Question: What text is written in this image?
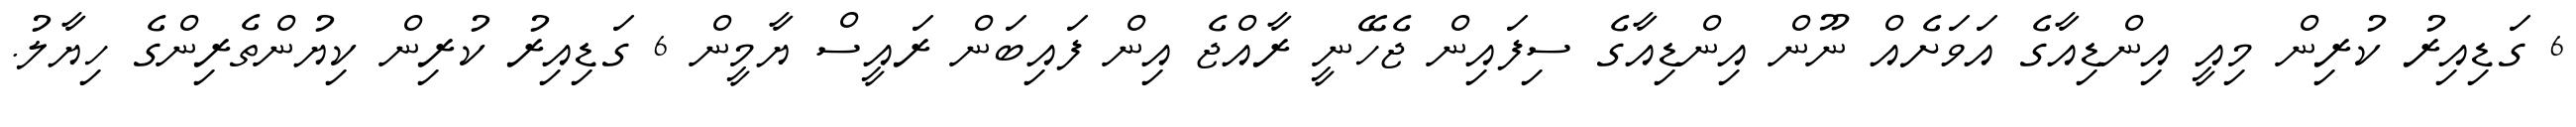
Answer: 6 ގަޑިއިރު ކުރިން މިއީ އިންޑިއާގެ އަވަށެއް ނޫން އިންޑިއާގެ ސިފައިން ޖެހޭނީ ރާއްޖެ އިން ފައިބަން ރައީސް ޔާމީން 6 ގަޑިއިރު ކުރިން ކިޔުންތެރިންގެ ހިޔާލު.